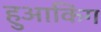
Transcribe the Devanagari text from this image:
हुआकिंग